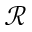
\mathcal { R }